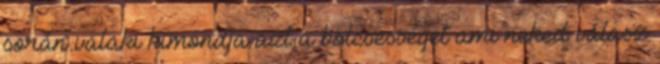
során valaki kimondja azt a bölcsességet ami neked válasz